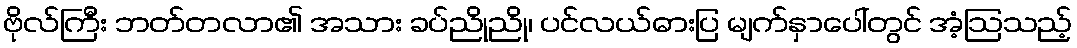
ဗိုလ်ကြီး ဘတ်တလာ၏ အသား ခပ်ညိုညို၊ ပင်လယ်ဓားပြ မျက်နှာပေါ်တွင် အံ့ဩသည့်